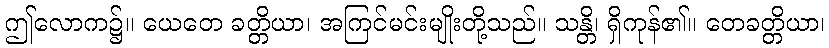
ဤလောက၌။ ယေတေ ခတ္တိယာ၊ အကြင်မင်းမျိုးတို့သည်။ သန္တိ၊ ရှိကုန်၏။ တေခတ္တိယာ၊